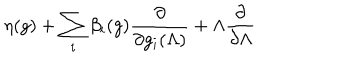
\eta ( g ) + \sum _ { i } \beta _ { i } ( g ) \frac { \partial } { \partial g _ { i } ( \Lambda ) } + \Lambda \frac { \partial } { \partial \Lambda }